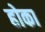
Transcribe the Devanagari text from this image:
होका